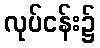
လုပ်ငန်း၌